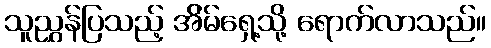
သူညွှန်ပြသည့် အ်ိမ်ရှေ့သို့ ရောက်လာသည်။